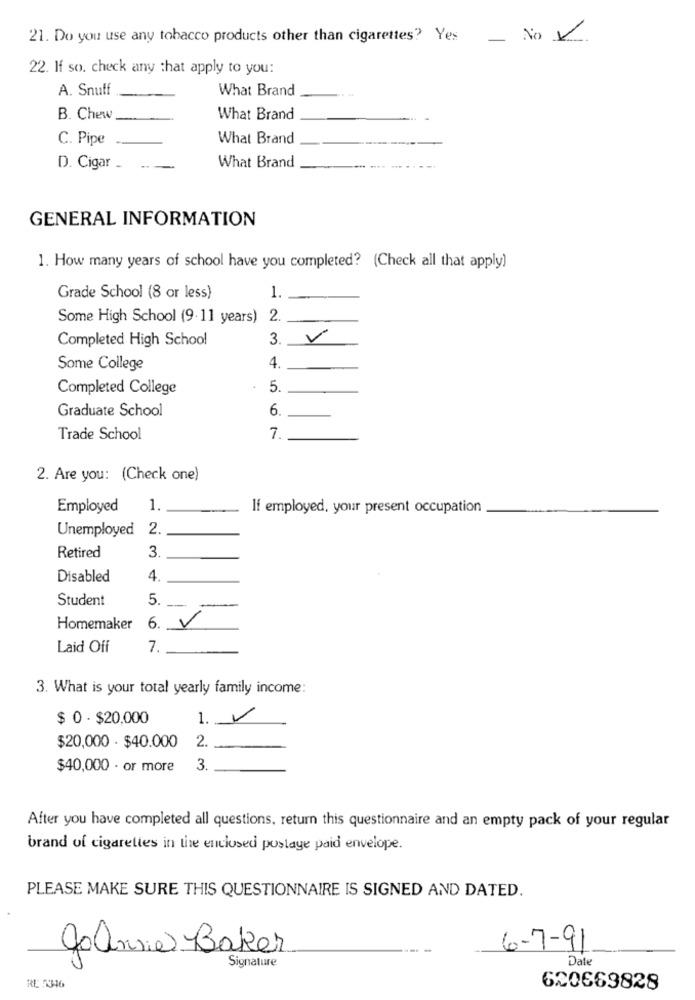
21. Do you use any tobacco products other than cigarettes? Yes No V
22. If so. check any that apply to you:
A. Snuff
What Brand
B. Chew
What Brand
C. Pipe
What Brand
D. Cigar .
What Brand
GENERAL INFORMATION
1. How many years of school have you completed? (Check all that apply)
1.
Grade School (8 or less)
Some High School (9-11 years) 2.
Completed High School
3.
V
Some College
4.
Completed College
5.
Graduate School
6.
Trade School
7.
2. Are you: (Check one)
Employed
1.
If employed, your present occupation
Unemployed
2.
Retired
3.
Disabled
4.
Student
5.
Homemaker
6. V
Laid Off
7.
3. What is your total yearly family income:
$ 0 - $20,000
1. V
2.
$20,000 - $40.000
$40,000 . or more
3.
After you have completed all questions, return this questionnaire and an empty pack of your regular
brand of cigarettes in the enclosed postage paid envelope.
PLEASE MAKE SURE THIS QUESTIONNAIRE IS SIGNED AND DATED.
Joansie Baker
6-7-91
Date
Signature
RE 7346
620669828